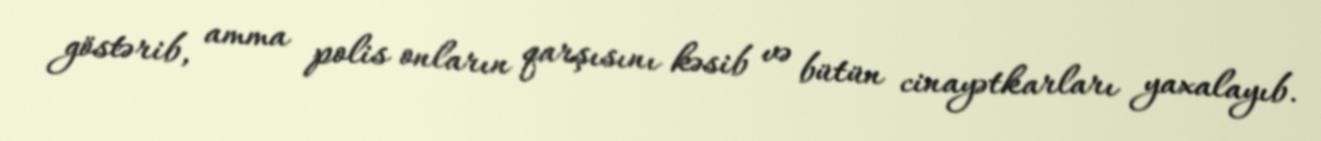
göstərib, amma polis onların qarşısını kəsib və bütün cinayətkarları yaxalayıb.